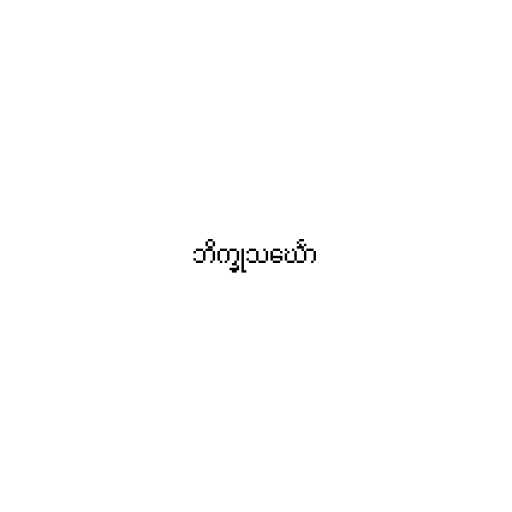
ဘိက္ခုသင်္ဃော